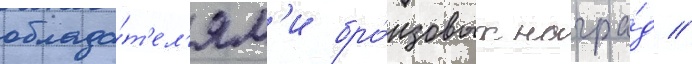
облада́т'ел'ям'и бро́нзовых награ́д //